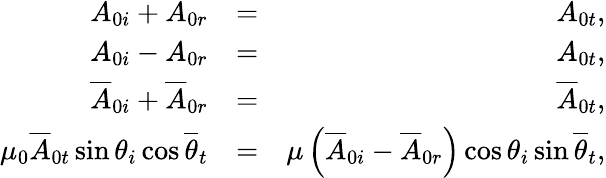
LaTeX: \begin{array}{rlr}{A_{0i}+A_{0r}}&{=}&{A_{0t},}\\ {A_{0i}-A_{0r}}&{=}&{A_{0t},}\\ {\overline{{A}}_{0i}+\overline{{A}}_{0r}}&{=}&{\overline{{A}}_{0t},}\\ {\mu_{0}\overline{{A}}_{0t}\sin\theta_{i}\cos\overline{{\theta}}_{t}}&{=}&{\mu\left(\overline{{A}}_{0i}-\overline{{A}}_{0r}\right)\cos\theta_{i}\sin\overline{{\theta}}_{t},}\end{array}